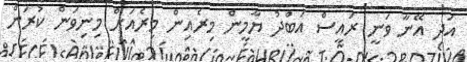
އަދި އޭނާ ވަނީ ރައީސް އަބްދު ޔާމީން މިރެއިން މިރެއަށް މިނިވަން ކުރަން